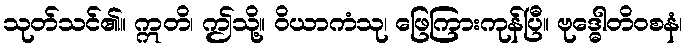
သုတ်သင်၏။ ဣတိ၊ ဤသို့။ ဝိယာကံသု၊ ဖြေကြားကုန်ပြီ။ ဗုဒ္ဓေါတိဝစနံ၊